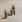
أدر